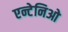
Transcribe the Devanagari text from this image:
एन्टेनिओ